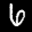
Label: 6